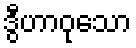
ဒွီဟာဝုသော